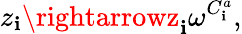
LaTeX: z_{\mathbf{i}}\rightarrowz_{\mathbf{i}}\omega^{C_{\mathbf{i}}^{a}},